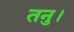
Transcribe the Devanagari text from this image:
तनु।